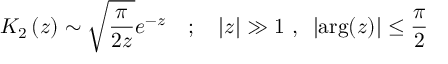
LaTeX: K _ { 2 } \left( z \right) \sim \sqrt { \frac { \pi } { 2 z } } e ^ { - z } \quad ; \quad | z | \gg 1 ~ , ~ \left| \mathrm { a r g } ( z ) \right| \le \frac { \pi } { 2 }